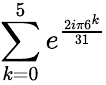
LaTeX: \sum_{k=0}^{5}e^{\frac{2i\pi 6^{k}}{31}}